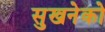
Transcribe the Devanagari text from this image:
सुखनेको